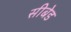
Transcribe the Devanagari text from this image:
सीबेड